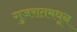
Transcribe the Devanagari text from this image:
गुजरातमधून